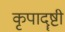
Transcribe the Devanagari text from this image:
कृपादॄष्टी